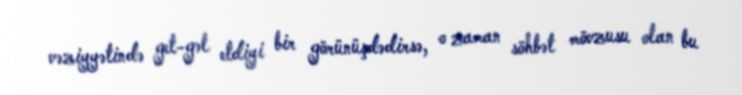
vəziyyətində get-gəl etdiyi bir görünüşdədirsə, o zaman söhbət mövzusu olan bu